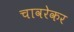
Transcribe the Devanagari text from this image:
चावरेकर